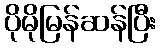
ပိုမိုမြန်ဆန်ပြီး